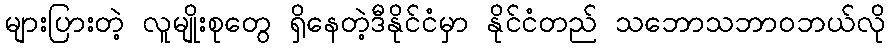
များပြားတဲ့ လူမျိုးစုတွေ ရှိနေတဲ့ဒီနိုင်ငံမှာ နိုင်ငံတည် သဘောသဘာဝဘယ်လို